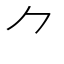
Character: ⺈